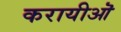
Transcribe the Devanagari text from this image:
करायीऒ